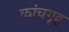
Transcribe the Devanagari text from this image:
कांचगृह